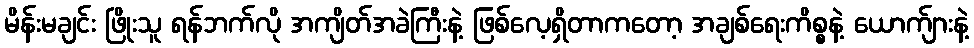
မိန်းမချင်း ဖြိုးသူ ရန်ဘက်လို အကျိတ်အခဲကြီးနဲ့ ဖြစ်လေ့ရှိတာကတော့ အချစ်ရေးကိစ္စနဲ့ ယောက်ျားနဲ့